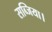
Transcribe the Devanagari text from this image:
सब्जिया।